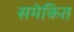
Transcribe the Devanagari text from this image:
समेकित